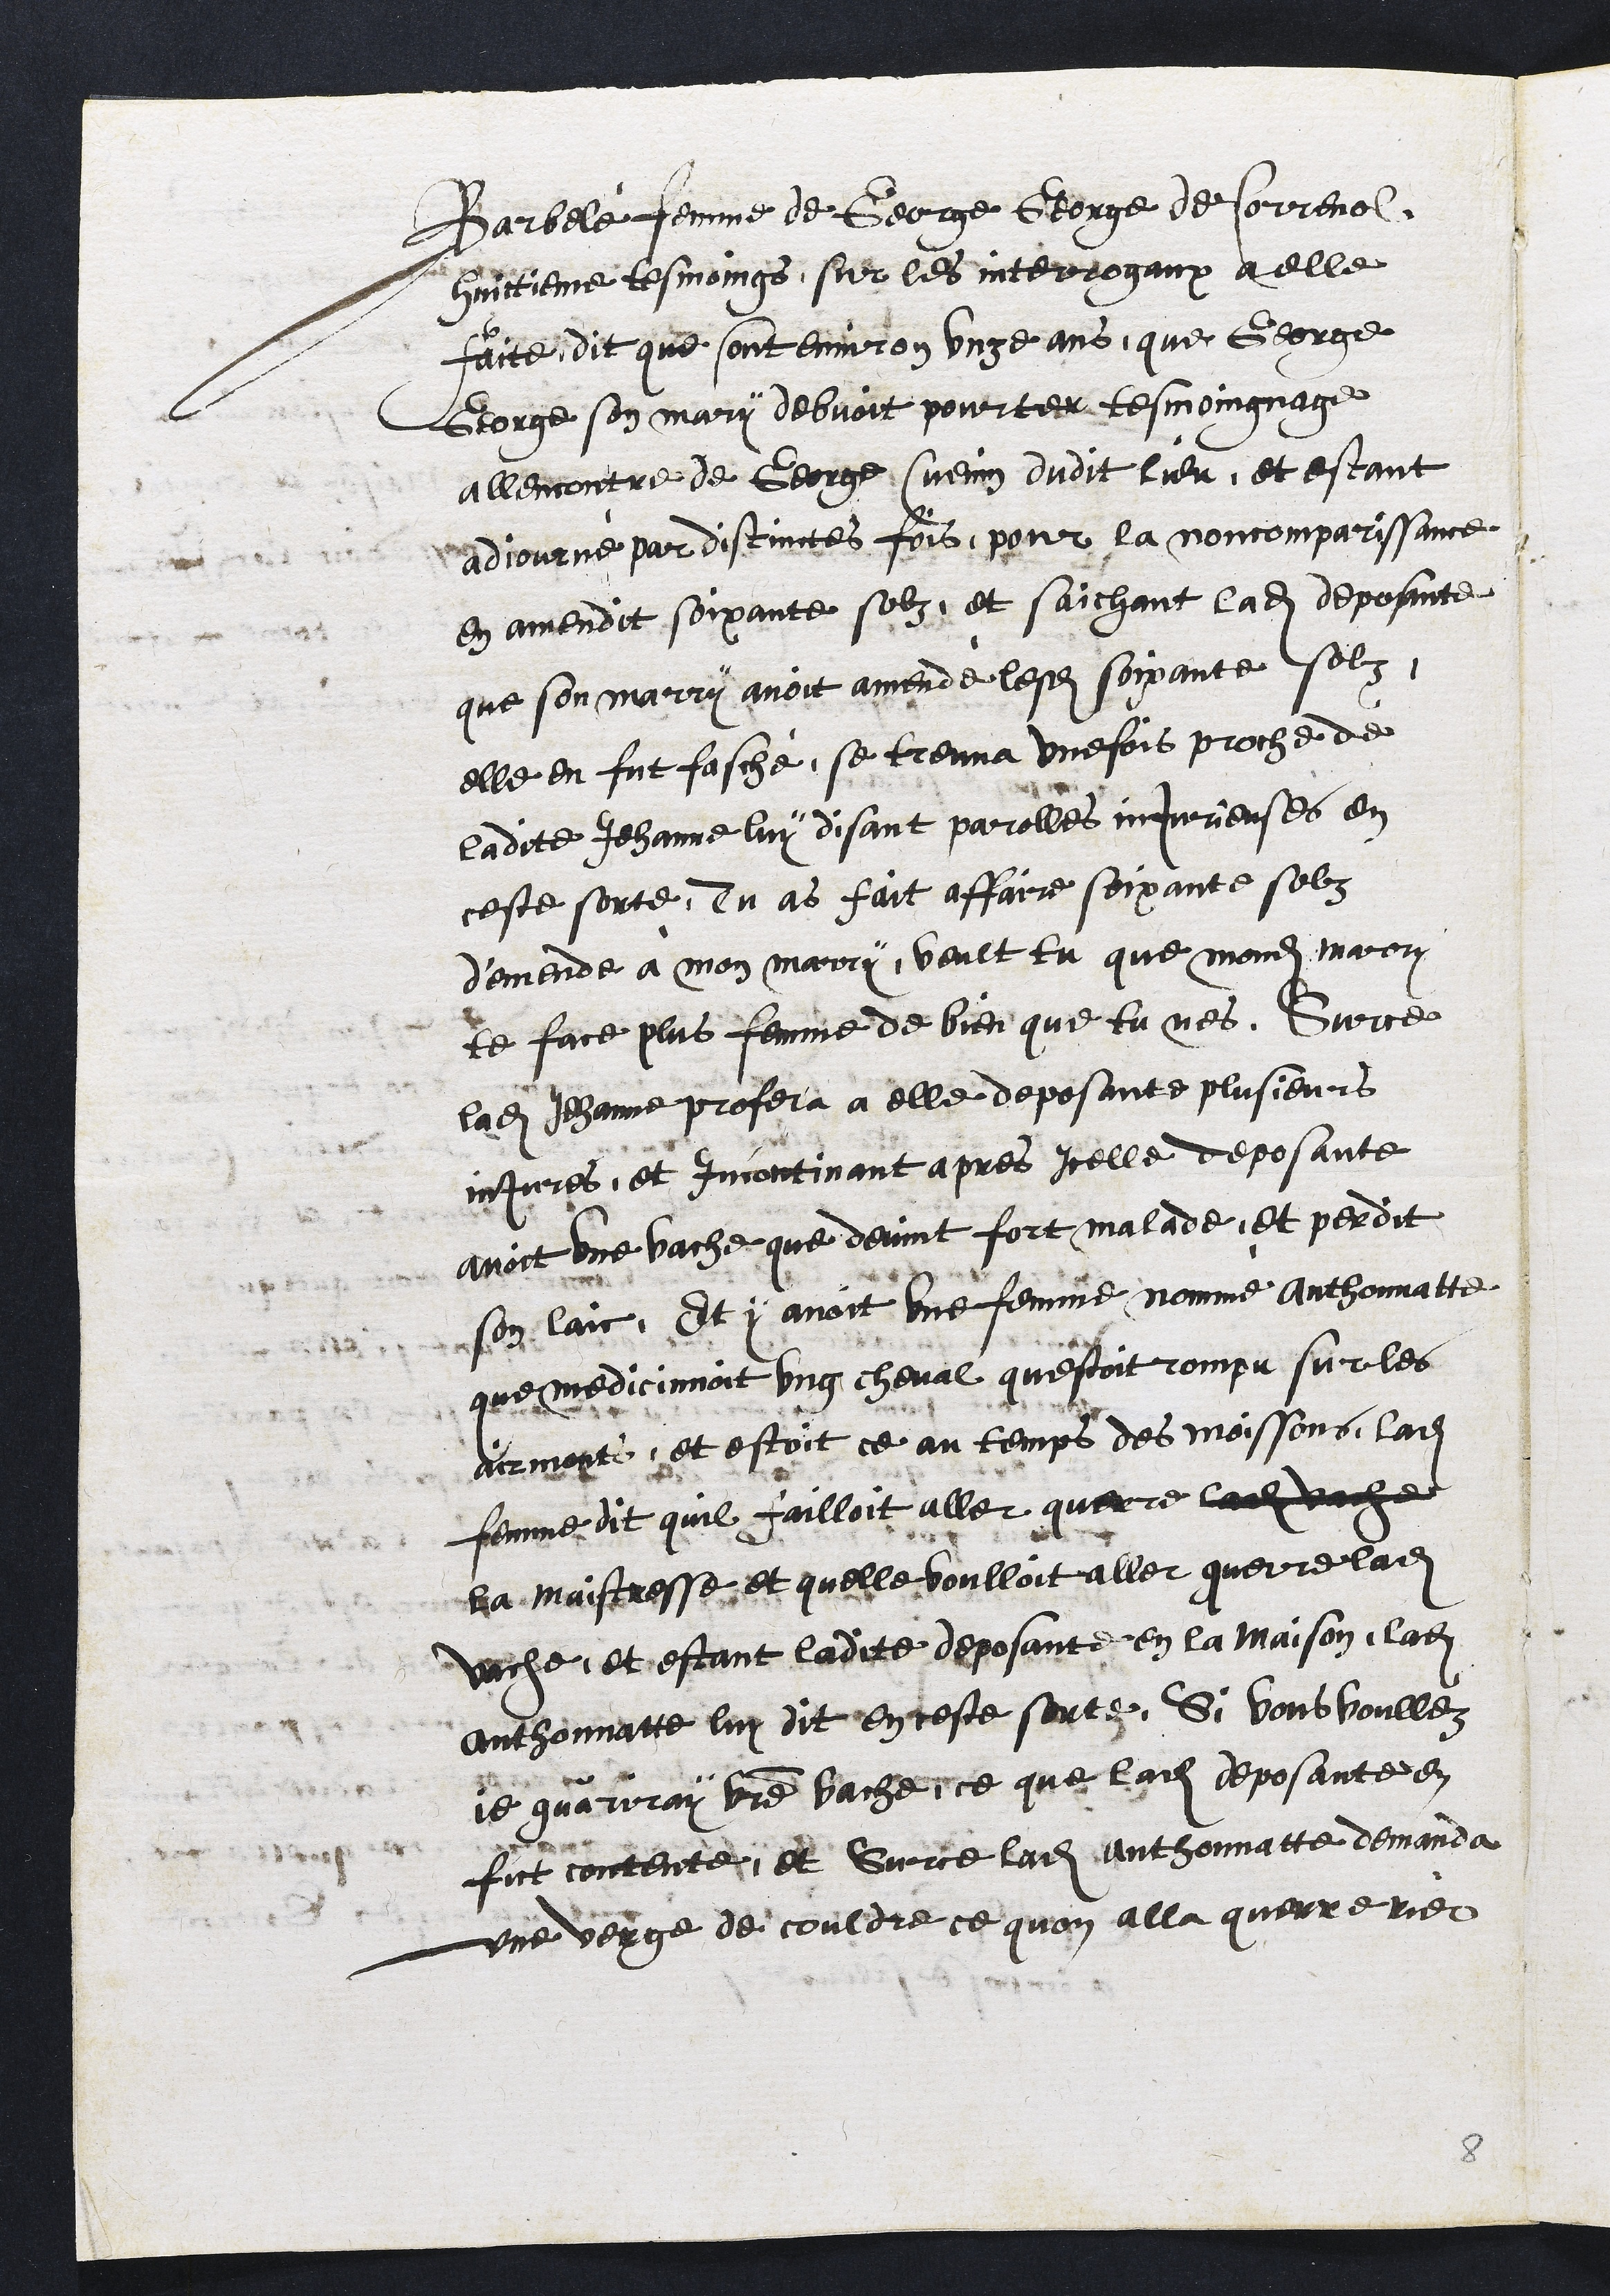
Barbele femme de George George de Correnol.
huictiene tesmoings, sur les interrogaux a elle
faite dit que sont environ unge ans, que George
Gorge son mary debvoit pourter tesmoingnage
allencontre de George suenin dudit lieu, et estant
adjourne par distinctes fois, pour la noncomparissance
en amendit soixante solz, et saichant ladite deposante
que son marry avoit amende lesdits soixante solz
elle en fut fasché, se treuva unefois proche de
ladite Jehanne luy disant parolles injurieuses en
ceste sorte, Tu as fait affaire soixante selz
demende à mon marry, veult tu que mondit marry
te face plus femme de bien que tu nes. Sur ce
ladite Jehanne profera a elle deposante plusieurs
injures, et incontinant apres icelle deposante
avoit une vache que devint fort malade, et perdit
son laic, Et y avoit une femme nomme Anthonnatte
que medicinnoit ung cheval questoit rompu sur les
durmont et estoit ce au temps des moissons, ladite
femme dit quil failloit aller quer re ladite vache
la maistresse et quelle voulloit aller querre ladite
viche, et estant ladite deposante en la maison, ladite
anthonnatte luy dit en teste sorte, Si vous voullez
je quariray ue vache ce que ladite deposante en
fut contente, et Sur ce ladite Anthonnatte demanda
une verge de couldre ce quon alla querre rier